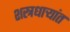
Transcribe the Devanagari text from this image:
शस्त्रधार्‍यांत